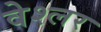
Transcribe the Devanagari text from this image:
वेश्लर